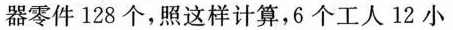
器零件128个，照这样计算，6个工人12小